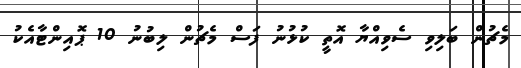
މެޗުން ބަލިވި ސެވިއްޔާ އޮތީ ކުޅުނު ފަސް މެޗުން ލިބުނު 10 ޕޮއިންޓާއެކު